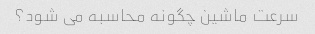
سرعت ماشین چگونه محاسبه می شود؟